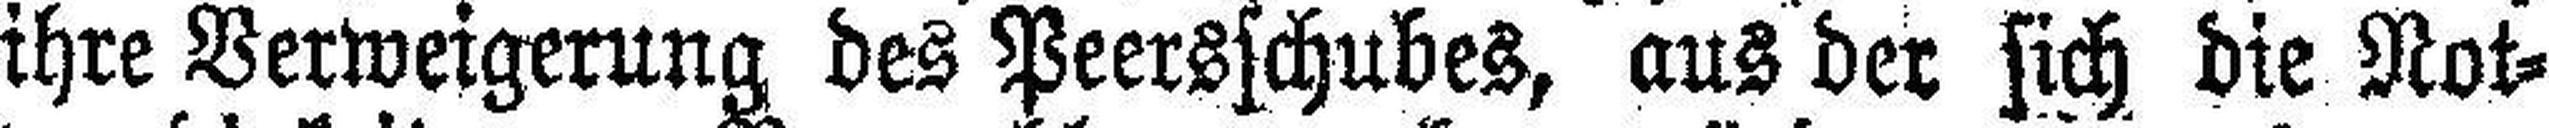
ihre Verweigerung des Peersschubes, aus der sich die Not¬